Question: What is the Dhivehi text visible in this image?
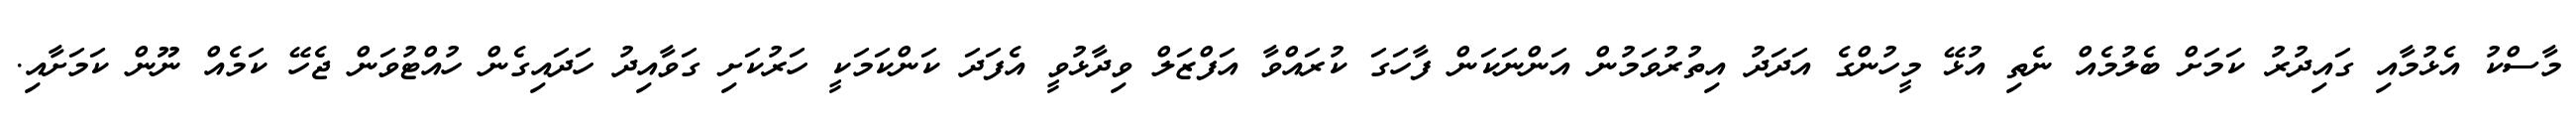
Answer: މާސްކު އެޅުމާއި ގައިދުރު ކަމަށް ބެލުމެއް ނެތި އުޅޭ މީހުންގެ އަދަދު އިތުރުވަމުން އަންނަކަން ފާހަގަ ކުރައްވާ އަފްޒަލް ވިދާޅުވީ އެފަދަ ކަންކަމަކީ ހަރުކަށި ގަވާއިދު ހަދައިގެން ހުއްޓުވަން ޖެހޭ ކަމެއް ނޫން ކަމަށާއި.